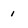
Character: i